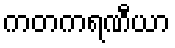
ကတကရဏီယာ